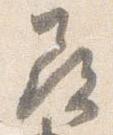
尋